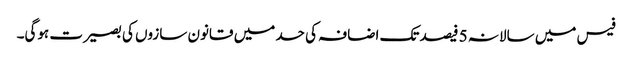
فیس میں سالانہ 5 فیصد تک اضافہ کی حد میں قانون سازوں کی بصیرت ہوگی۔